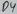
Text: D4